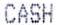
CASH